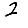
Digit: 2